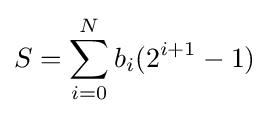
S=\sum _{i=0}^{N}b_{i}(2^{i+1}-1)